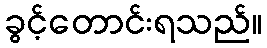
ခွင့်တောင်းရသည်။